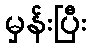
မှန်းပြီး